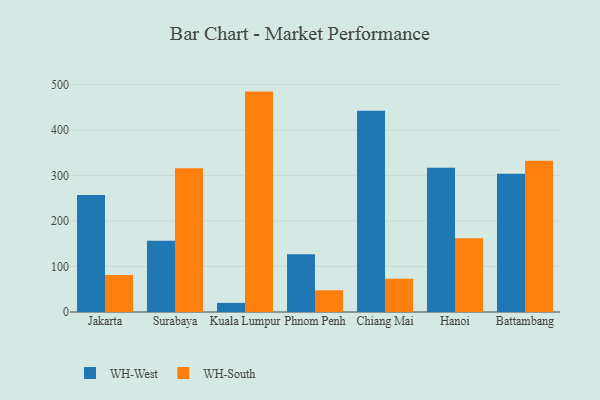
{"axis": {"x": "City", "y": "Budget (USD K)"}, "legend": ["WH-South", "WH-West"], "data": [{"x": "Jakarta", "y": 256.8, "type": "WH-West"}, {"x": "Jakarta", "y": 81.1, "type": "WH-South"}, {"x": "Surabaya", "y": 156.8, "type": "WH-West"}, {"x": "Surabaya", "y": 316.0, "type": "WH-South"}, {"x": "Kuala Lumpur", "y": 20.0, "type": "WH-West"}, {"x": "Kuala Lumpur", "y": 484.2, "type": "WH-South"}, {"x": "Phnom Penh", "y": 127.0, "type": "WH-West"}, {"x": "Phnom Penh", "y": 47.8, "type": "WH-South"}, {"x": "Chiang Mai", "y": 442.3, "type": "WH-West"}, {"x": "Chiang Mai", "y": 73.2, "type": "WH-South"}, {"x": "Hanoi", "y": 317.1, "type": "WH-West"}, {"x": "Hanoi", "y": 161.9, "type": "WH-South"}, {"x": "Battambang", "y": 303.5, "type": "WH-West"}, {"x": "Battambang", "y": 332.2, "type": "WH-South"}]}